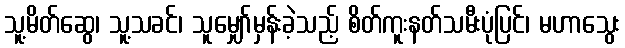
သူ့မိတ်ဆွေ၊ သူ့သခင်၊ သူမျှော်မှန်းခဲ့သည့် စိတ်ကူးနတ်သမီးပုံပြင်၊ မဟာသွေး